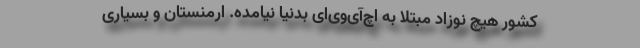
کشور هیچ نوزاد مبتلا به اچ‌آی‌وی‌ای بدنیا نیامده. ارمنستان و بسیاری